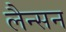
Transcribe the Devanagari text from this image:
लैन्सन